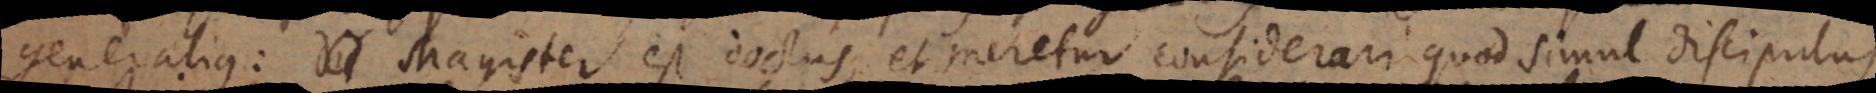
generalius: Magister est doctus, et meretur considerari quod simul discipulus